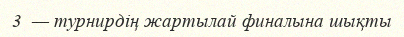
3  — турнирдің жартылай финалына шықты